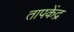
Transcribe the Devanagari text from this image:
तापकेंद्र